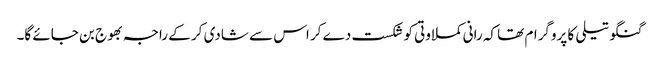
گنگو تیلی کا پروگرام تھا کہ رانی کملاوتی کو شکست دے کر اس سے شادی کر کے راجہ بھوج بن جائے گا۔